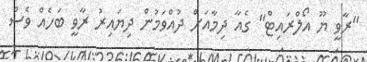
"ރާވީ ޔޫ އޯލްރައިޓް" ގެއާ ދިމާއަށް ދުއްވަމުން ދިޔައިރު ރާވީ ބަހެއް ވެސް